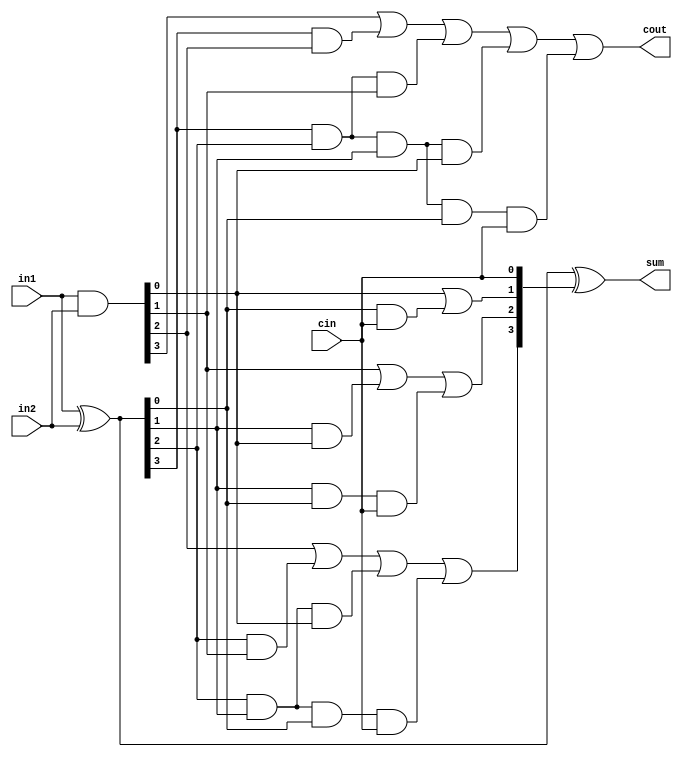
/*
 * Description: Contains all Carry Look Ahead Adders of different sizes
 *
 */

///////////////////////////////////////////////////////////////////////
////
//// Module Name: Carry Look Ahead Adder (4-bits)
//// Function: Implements an 4-bit Carry Look Ahead Adder(CLA)
////
///////////////////////////////////////////////////////////////////////
module carry_lookahead_adder_4(output [3:0] sum,
                                output cout,
                                input [3:0] in1, in2,
                                input cin);
  wire [3:0] G; /* Generate */
  wire [3:0] P; /* Propagate */
  wire [3:0] C; /* Carry */

  assign G = in1 & in2; /*Generate    Gi = Ai * Bi */
  assign P = in1 ^ in2; /*Propagate   Pi = Ai + Bi */

  assign C[0] = cin;  /* Carry_out = Ci+1 = Gi + Pi*Ci */
  assign C[1] = G[0] | (P[0] & C[0]);
  assign C[2] = G[1] | (P[1] & G[0]) | (P[1] & P[0] & C[0]);
  assign C[3] = G[2] | (P[2] & G[1]) | (P[2] & P[1] & G[0]) | (P[2] & P[1] & P[0] & C[0]);
  assign cout = G[3] | (P[3] & G[2]) | (P[3] & P[2] & G[1]) | (P[3] & P[2] & P[1] & G[0]) |(P[3] & P[2] & P[1] & P[0] & C[0]);
  assign sum = P ^ C;
endmodule